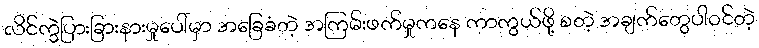
လိင်ကွဲပြားခြားနားမှုပေါ်မှာ အခြေခံတဲ့ အကြမ်းဖက်မှုကနေ ကာကွယ်ဖို့ စတဲ့ အချက်တွေပါဝင်တဲ့